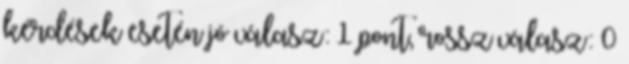
kérdések esetén jó válasz: 1 pont, rossz válasz: 0